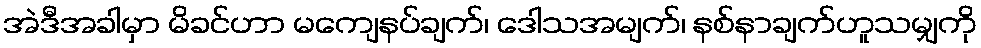
အဲဒီအခါမှာ မိခင်ဟာ မကျေနပ်ချက်၊ ဒေါသအမျက်၊ နစ်နာချက်ဟူသမျှကို